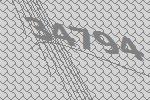
34794